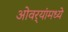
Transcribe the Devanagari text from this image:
ओवर्‍यांमध्ये